Investigations into the jail dietaries of the United Provinces with some observations on the influence of dietary on the physical development and well-being of the people of the United Provinces - Number 48
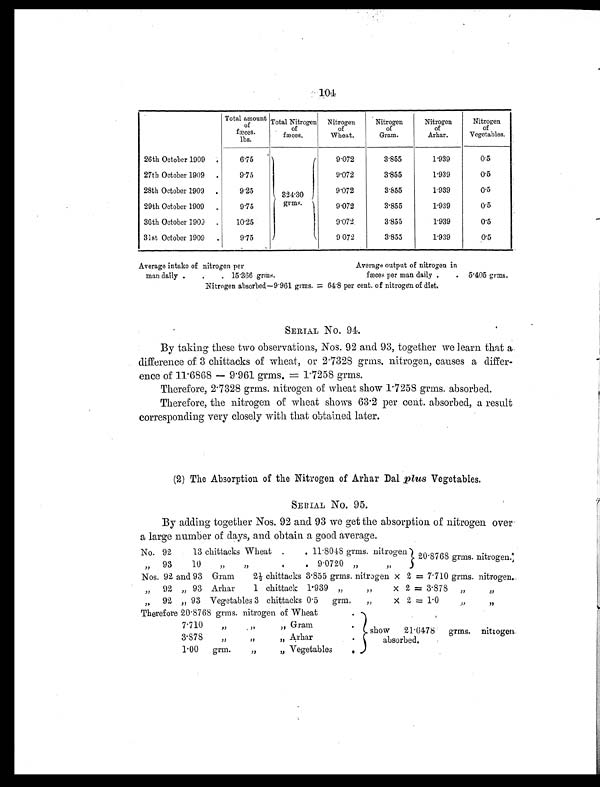
Total amount
of
fæces.
lbs.
Total Nitrogen
of
fæces.
Nitrogen
of
Wheat.
Nitrogen
of
Gram.
Nitrogen
of
Arhar.
Nitrogen
of
Vegetables.
26th October 1909 .
6.75
324.30
grms.
9.072
3.855
1.939
0.5
27th October 1909 .
9.75
9.072
3. 855
1.939
0.5
28th October 1909 .
9.25
9.072
3.855
1.939
0.5
29th October 1909 .
9.75
9.072
3.855
1.939
0 . 5
30th October 1909 . 10.25
9.072
3.855
1.939
0 . 5
31st October 1909 .
9.75
9 072
3.855
1. 939
0 . 5
Average intake of nitrogen per
Average output of nitrogen in
man daily . . . 15.366 grms.
fæces per man daily . . 5.405 grms.
Nitrogen absorbed—9.961 grms. = 64.8 per cent. of nitrogen of diet.
SERIAL NO. 94.
By taking these two observations, Nos. 92 and 93, together we learn that a
difference of 3 chittacks of wheat, or 2.7328 grms, nitrogen, causes a differ-
ence of 11.6868 — 9.961 grms.= 1.7258 grms.
Therefore, 2.7328 grms. nitrogen of wheat show 1.7258 grms. absorbed.
Therefore, the nitrogen of wheat shows 63.2 per cent. absorbed, a result
corresponding very closely with that obtained later.
(2) The Absorption of the Nitrogen of Arhar Dal plus Vegetables.
SERIAL NO. 95.
By adding together Nos. 92 and 93 we get the absorption of nitrogen over
a large number of days, and obtain a good average.
No. 92
13 chittacks Wheat .
. 11.8048 grms. nitrogen 20.8768 grms. nitrogen.
„ 9 3 10 „
„
.
. 9.0720 „ „
Nos. 92 and 93 Gram
2½ chittacks 3.855 grms. nitrogen × 2 = 7.710 grms. nitrogen.
„ 92 „ 93 Arhar
1 chittack 1.939 „ „ × 2 = 3.878 „
„
„ 92 „ 93 Vegetables 3 chittacks 0.5 grm. „ × 2 = 1.0
„
„
Therefore 20.8768 grms. nitrogen of Wheat
.
show 21.6478 grms. nitrogen
absorbed.
7.710
„
„ „ Gram
.
3.878 „
„ „ Arhar
.
1.00
g r m .
„
„ Vegetables